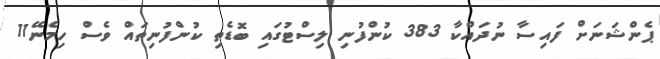
ޕެންޝަނަށް ފައިސާ ނުދައްކާ 383 ކުންފުނި ލިސްޓުގައި ބޮޑެތި ކުންފުނިތައް ވެސް ހިމެނޭ11